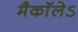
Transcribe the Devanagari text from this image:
मैकाॅलेऽ